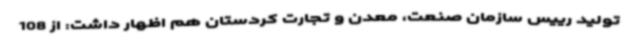
تولید رییس سازمان صنعت، معدن و تجارت کردستان هم اظهار داشت: از 108